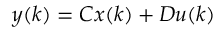
y ( k ) = C x ( k ) + D u ( k )